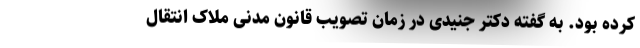
کرده بود. به گفته دکتر جنیدی در زمان تصویب قانون مدنی ملاک انتقال